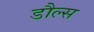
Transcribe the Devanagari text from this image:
डौल्स